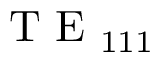
\mathrm { ~ T ~ E ~ } _ { 1 1 1 }